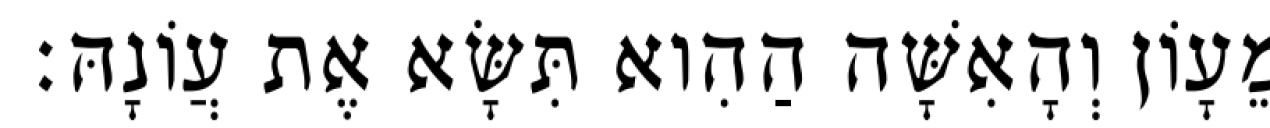
מֵעָוֹן וְהָאִשָּׁה הַהִוא תִּשָּׂא אֶת עֲוֹנָהּ׃